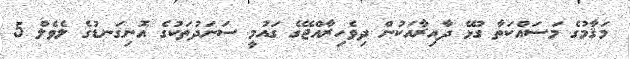
މަޤާމުގެ މަސައްކަތާ ގުޅޭ ދާއިރާއަކުން ދިވެހިރާއްޖޭގެ ގައުމީ ސަނަދުތަކުގެ އޮނިގަނޑުގެ ލެވެލް 5